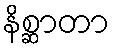
နိစ္ဆာတာ